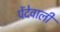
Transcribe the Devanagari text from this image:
पेंदेवाली